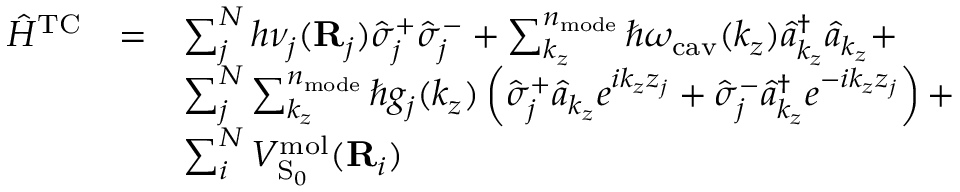
\begin{array} { c c l } { { \hat { H } } ^ { \mathrm { T C } } } & { = } & { \sum _ { j } ^ { N } h \nu _ { j } ( \mathbf R _ { j } ) \hat { \sigma } _ { j } ^ { + } \hat { \sigma } _ { j } ^ { - } + \sum _ { k _ { z } } ^ { n _ { \mathrm { m o d e } } } \hslash \omega _ { \mathrm { c a v } } ( k _ { z } ) \hat { a } _ { k _ { z } } ^ { \dagger } \hat { a } _ { k _ { z } } + } \\ & & { \sum _ { j } ^ { N } \sum _ { k _ { z } } ^ { n _ { \mathrm { m o d e } } } \hslash g _ { j } ( k _ { z } ) \left( \hat { \sigma } _ { j } ^ { + } \hat { a } _ { k _ { z } } e ^ { i k _ { z } z _ { j } } + \hat { \sigma } _ { j } ^ { - } \hat { a } _ { k _ { z } } ^ { \dagger } e ^ { - i k _ { z } z _ { j } } \right) + } \\ & & { \sum _ { i } ^ { N } V _ { \mathrm { S } _ { 0 } } ^ { \mathrm { m o l } } ( { \bf { R } } _ { i } ) } \end{array}